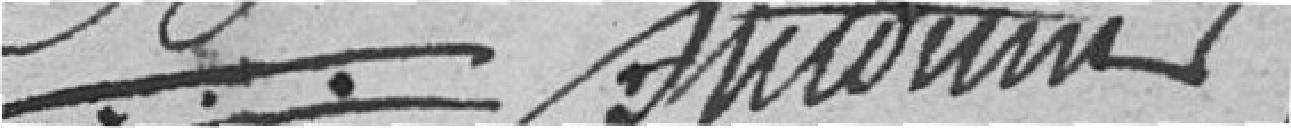
Antonin